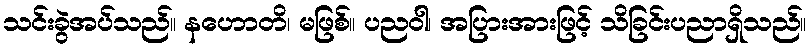
သင်းခွဲအပ်သည်။ နဟောတိ၊ မဖြစ်။ ပညဝါ၊ အပြားအားဖြင့် သိခြင်းပညာရှိသည်။